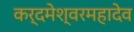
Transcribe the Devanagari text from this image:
कर्दमेश्वरमहादेव